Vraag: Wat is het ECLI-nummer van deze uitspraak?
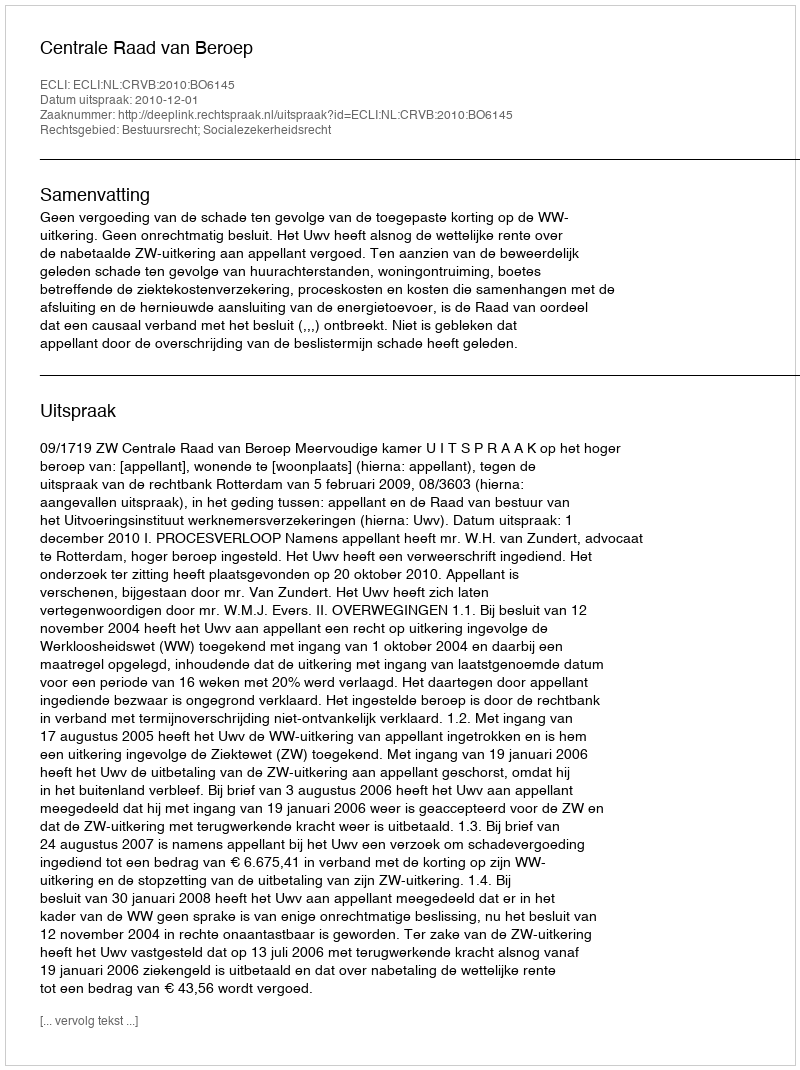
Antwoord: ECLI:NL:CRVB:2010:BO6145